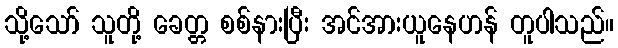
သို့သော် သူတို့ ခေတ္တ စစ်နားပြီး အင်အားယူနေဟန် တူပါသည်။